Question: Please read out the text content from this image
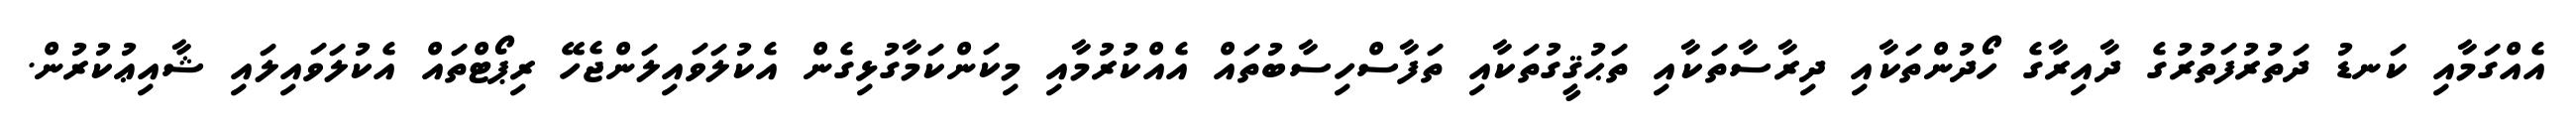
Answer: އެއްގަމާއި ކަނޑު ދަތުރުފަތުރުގެ ދާއިރާގެ ހޯދުންތަކާއި ދިރާސާތަކާއި ތަޙުޤީގުތަކާއި ތަފާސްހިސާބުތައް އެއްކުރުމާއި މިކަންކަމާގުޅިގެން އެކުލަވައިލަންޖެހޭ ރިޕޯޓްތައް އެކުލަވައިލައި ޝާއިޢުކުރުން.